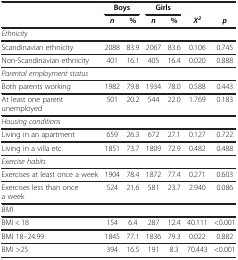
<table><thead><tr><td><b> </b></td><td colspan="2"><b>Boys</b></td><td colspan="2"><b>Girls</b></td><td><b> </b></td><td><b> </b></td></tr><tr><td><b> </b></td><td><b><i>n</i></b></td><td><b>%</b></td><td><b><i>n</i></b></td><td><b>%</b></td><td><b><i>Χ</i><sup><i>2</i></sup></b></td><td><b><i>p</i></b></td></tr></thead><tbody><tr><td><i>Ethnicity</i></td><td> </td><td> </td><td> </td><td> </td><td> </td><td> </td></tr><tr><td>Scandinavian ethnicity</td><td>2088</td><td>83.9</td><td>2067</td><td>83.6</td><td>0.106</td><td>0.745</td></tr><tr><td>Non-Scandinavian ethnicity</td><td>401</td><td>16.1</td><td>405</td><td>16.4</td><td>0.020</td><td>0.888</td></tr><tr><td><i>Parental employment status</i></td><td> </td><td> </td><td> </td><td> </td><td> </td><td> </td></tr><tr><td>Both parents working</td><td>1982</td><td>79.8</td><td>1934</td><td>78.0</td><td>0.588</td><td>0.443</td></tr><tr><td>At least one parent unemployed</td><td>501</td><td>20.2</td><td>544</td><td>22.0</td><td>1.769</td><td>0.183</td></tr><tr><td><i>Housing conditions</i></td><td> </td><td> </td><td> </td><td> </td><td> </td><td> </td></tr><tr><td>Living in an apartment</td><td>659</td><td>26.3</td><td>672</td><td>27.1</td><td>0.127</td><td>0.722</td></tr><tr><td>Living in a villa etc.</td><td>1851</td><td>73.7</td><td>1809</td><td>72.9</td><td>0.482</td><td>0.488</td></tr><tr><td><i>Exercise habits</i></td><td> </td><td> </td><td> </td><td> </td><td> </td><td> </td></tr><tr><td>Exercises at least once a week</td><td>1904</td><td>78.4</td><td>1872</td><td>77.4</td><td>0.271</td><td>0.603</td></tr><tr><td>Exercises less than once a week</td><td>524</td><td>21.6</td><td>581</td><td>23.7</td><td>2.940</td><td>0.086</td></tr><tr><td><i>BMI</i></td><td> </td><td> </td><td> </td><td> </td><td> </td><td> </td></tr><tr><td>BMI &lt; 18</td><td>154</td><td>6.4</td><td>287</td><td>12.4</td><td>40.111</td><td>&lt;0.001</td></tr><tr><td>BMI 18–24.99</td><td>1845</td><td>77.1</td><td>1836</td><td>79.3</td><td>0.022</td><td>0.882</td></tr><tr><td>BMI &gt;25</td><td>394</td><td>16.5</td><td>191</td><td>8.3</td><td>70.443</td><td>&lt;0.001</td></tr></tbody></table>